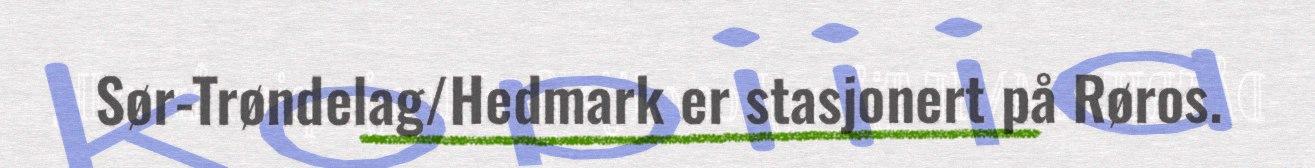
Sør-Trøndelag/Hedmark er stasjonert på Røros.